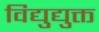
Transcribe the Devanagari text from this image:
विद्युद्युक्त